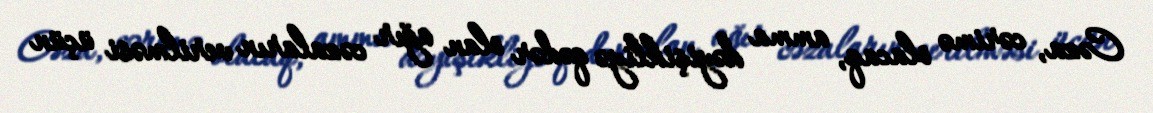
Cəza, cərimə olacaq, amma dəyişikliyə qədər olan ağır cəzaların verilməsi üçün